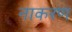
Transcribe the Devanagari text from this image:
नाकरण